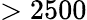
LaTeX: >2500